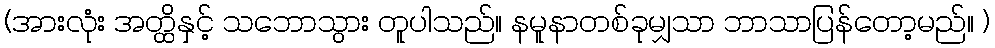
(အားလုံး အတ္ထိနှင့် သဘောသွား တူပါသည်။ နမူနာတစ်ခုမျှသာ ဘာသာပြန်တော့မည်။ )